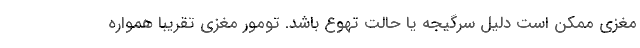
مغزی ممکن است دلیل سرگیجه یا حالت تهوع باشد. تومور مغزی تقریبا همواره